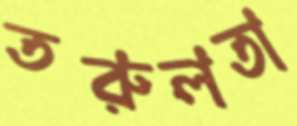
তরুলতা